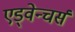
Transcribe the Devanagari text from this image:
एड्वेन्चर्स